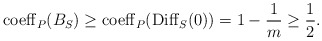
\begin{align*}{\rm coeff}_P(B_S) \geq {\rm coeff}_P(\mathrm{Diff}_S(0)) = 1-\frac{1}{m} \geq \frac{1}{2}.\end{align*}